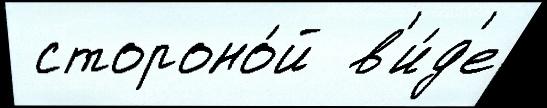
 стороно́й  в'и́д'е